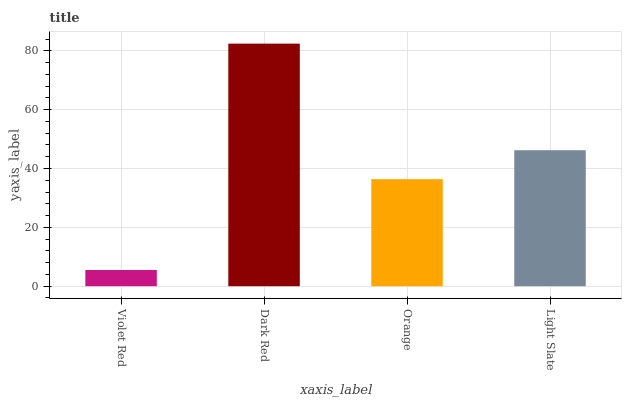
| xaxis_label | bars |
 | --- | --- |
 | Violet Red | 5.51 |
 | Dark Red | 82.5 |
 | Orange | 36.4 |
 | Light Slate | 46.2 |